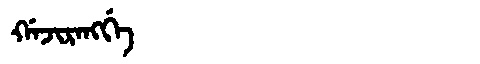
Manchu: ᡤᠠᠵᡳᡵᠠᠩᡤᡝ
Romanization: GAJIRANGGE